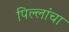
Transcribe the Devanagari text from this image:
पिल्लांचा